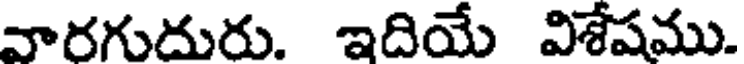
వారగుదురు. ఇదియే విశేషము.